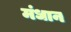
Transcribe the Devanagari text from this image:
मंधान